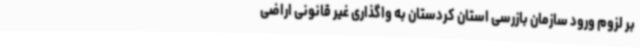
بر لزوم ورود سازمان بازرسی استان کردستان به واگذاری غیر قانونی اراضی